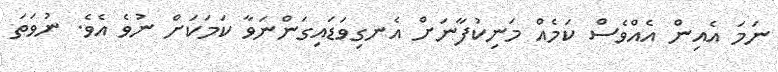
ނަމަ އެއިން އެއްވެސް ކަމެއް މަނިކުފާނަށް އެނގިވަޑައިގަންނަވާ ކަމަކަށް ނުވެ އެވެ. ނުވަތަ